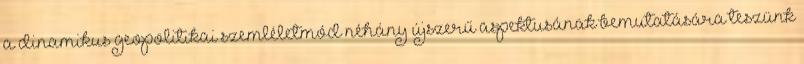
a dinamikus geopolitikai szemléletmód néhány újszerű aspektusának bemutatására teszünk